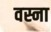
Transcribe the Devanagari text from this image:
वस्ना